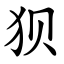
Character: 狈